Lunatic asylums Bombay report 1891-1903 - 1891-1903
Year: 1891
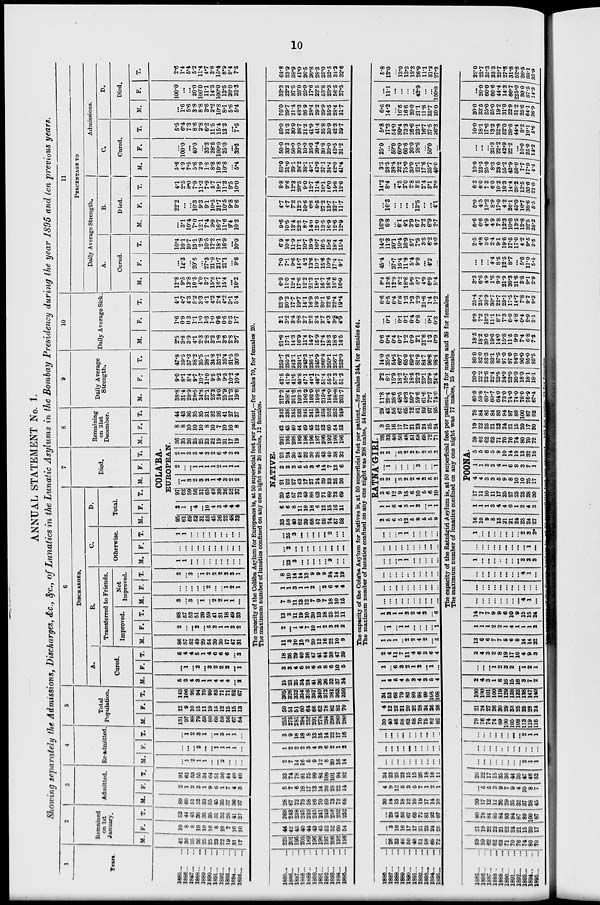
10
ANNUAL STATEMENT No. 1.
Showing separately the Admissions, Discharges, &c., &c., of Lunatics in the Lunatic Asylums in the Bombay Presidency during the year 1895 and ten previous years.
1
Years.
1886...
...
1886...
...
1887... ...
1888... ...
1889... ...
1890...
...
1891...
...
1892...
...
1893...
...
1894...
...
1895...
...
2
Remained
on 1st
January.
M.
42
36
35
26
25
25
23
22
19
31 17
F.
10
8
8
10
10
10
8
10
7
10
10
T.
52
44
43
36
35
35
31
32
26
41
27
3
Admitted.
M.
89
60
51
52
33
55
45
35
37
36
37
F.
9
1
2
3
1
9
6
1
7
4
3
T.
91
61
53
55
34
64
51
36
44
40
40
4
Re-admitted
M.
...
1
9
1
1
...
...
2
...
...
...
F.
...
...
...
2
...
...
1
1
1
1
...
T.
...
1
9
3
1
...
1
3
1
1
...
5
Total
Population.
M.
131
97
88
79
59
80
68
59
56
67
54
F.
12
9
10
15
11
19
15
12
15
15
13
T.
143
106
98
94
70
99
83
71
71
82
67
6
DISCHARGED.
A.
Cured.
M.
5
3
4
3
1
1
4
4
4
...
2
F.
...
1
... 2
... 3
2
2
2
...
1
T.
5
4
4
5
1
4
6
6
6
...
3
B.
Transferred to Friends.
Improved.
M.
86
57
52
49
29
54
39
30
17
47
31
F.
2
... ...
2
... 5
2
1
1
2
2
T.
88
57
52
51
29
59
41
31
18
49
33
Not
Improved.
M.
3
...
3
...
1
...
2
2
1
1
...
F.
... ...
...
...
...
2
...
...
1
2
1
T.
3
... 3
...
1
2
2
2
2
3
1
C.
Otherwise.
M.
1
1
...
...
...
...
...
...
...
...
...
F.
... ...
... ...
...
...
...
...
...
...
...
T.
1
1
...
...
...
...
...
...
...
...
...
D.
Total.
M. F. T.
7
Died.
M. F. T.
8
Remaining
on 31st
December.
M. F. T.
COLA'BA.
EUROPEAN.
95
61
59
52
31
55
45
36
22
48
33
2
1
...
4
...
10
4
3
4
4
4
97
62
59
56
31
65
49
39
26
52
37
...
1
3
2
3
2
1
4
3
2
2
2
...
...
1
1
1
1
2
1
1
1
2
1
3
3
4
3
2
6
4
3
3
36
35
26
25
25
23
22
19
31
17
19
8
8
10
10
10
8
10
7
10
10
8
44
43
36
35
35
31
32
26
41
27
27
9
Daily Average
Strength.
M.
38.8
31.4
28.9
28.5
24.8
27.1
25.3
24.0
25.9
21.3
19.6
F.
9.0
8.1
8.4
9.7
10.7
11.0
9.5
9.2
9.5
10.2
10.4
T.
47.8
39.5
37.3
38.2
35.5
38.1
34.8
33.2
35.4
31.5
30.0
10
Daily Average Sick.
M.
2.5
3.8
3.9
4.1
2.3
2.8
3.2
1.8
3.6
2.8
3.7
F.
1.6
0.9
0.3
1.1
1.0
1.3
1.0
0.6
0.6
0.3
1.7
T.
4.1
4.7
4.3
5.2
3.3
4.1
4.2
2.4
4.2
3.1
5.4
11
PERCENTAGE TO
Daily Average Strength.
A.
Cured.
M.
12.8
9.5
13.8
10.5
4.0
3.7
15.8
16.7
15.4
...
10.2
F.
...
12.3
...
20.6
...
27.3
21.0
21.7
21.1
...
9.6
T.
10.4
10.1
10.7
13.1
2.8
10.5
17.2
18.1
16.9
...
10.0
B.
Died.
M.
...
3.1
10.4
7.0
12.1
7.4
3.9
16.7
11.6
9.4
10.2
F.
22.2
...
...
10.3
9.3
9.1
10.5
21.7
10.5
9.8
9.6
T.
4.1
2.5
8.0
7.9
11.3
7.9
5.7
18.1
11.3
9.5
10.0
Admissions.
C.
Cured.
M.
5.6
4.9
7.5
5.6
2.9
1.8
8.8
10.8
10.8
...
5.4
F.
...
100.0
...
40.0
...
33.3
28.5
100.0
25.0
...
33.3
T.
5.5
6.4
7.3
8.6
2.8
6.2
11.5
15.4
13.3
...
7.5
D.
Died.
M.
...
1.6
5.6
3.8
8.8
3.6
2.2
10.8
8.1
5.6
5.4
F.
100.0
...
...
20.0
100.0
11.1
14.3
100.0
12.5
20.0
33.3
T.
2.6
1.4
5.4
5.2
11.4
4.7
3.8
15.4
8.9
9.4
7.5
The capacity of the Colába Asylum for Europeans is, at 50 superficial feet per patient,—for males 70, for females 20.
The maximum number of lunatics confined on any one night was 26 males, 12 females.
1885... ...
1886...
...
1887...
...
1888...
...
1889...
...
1890...
...
1891...
...
1892...
...
1893... ...
1894 ... ...
1895... ...
225
201
195
205
189
196
196
197
206
192
198
44
42
43
40
44
49
45
52
52
60
54
269
243
238
245
233
245
241
249
258
252
252
28
67
72
73
58
86
70
89
73
72
68
5
7
6
18
17
13
14
20
28
22
14
33
74
78
91
75
99
84
109
101
94
82
2
7
14
16
5
9
12
8
20
16
14
1
2
2
2
3
4
3
6
2
1
2
3
9
16
18
8
13
15
14
22
17
16
255
275
281
294
252
291
278
294
299
280
280
50
51
51
60
64
66
62
78
82
83
70
305
326
332
354
316
357
340
372
381
363
350
15
23
25
34
24
41
36
36
32
37
34
3
3
4
6
2
6
6
8
6
10
6
18
26
29
40
26
47
41
44
38
47
39
11
3
10
15
3
20
12
16
22
10
9
2
...
1
4
7
10
1
2
3
2
2
13
3
11
19
10
30
13
18
25
12
11
7
9
11
13
12
7
9
7
18
10
15
1
1
3
1
1
2
...
2
6
4
4
8
10
14
14
13
9
9
9
24
14
19
...
23
3
...
...
...
...
...
2
...
...
...
2
...
...
...
...
...
...
...
...
...
...
25
3
...
...
...
...
...
2
...
...
NATIVE.
33
58
49
62
39
68
57
59
74
57
58
6
6
8
11
10
18
6
12
15
16
11
39
64
57
73
49
86
63
71
89
73
69
21
22
27
43
17
27
24
29
33
25
26
2
2
3
5
5
3
4
14
7
13
6
23
24
30
48
22
30
28
43
40
38
32
201
195
205
189
196
196
197
206
192
198
196
42
43
40
44
49
45
52
52
60
54
63
243
238
245
233
245
241
249
258
252
252
249
217.2
208.4
201.6
193.3
196.2
192.0
199.2
215.4
194.9
198.8
201.7
42.5
41.9
41.5
40.8
47.1
44.1
46.7
51.4
55.2
57.3
51.3
259.7
250.3
243.1
234.1
243.3
236.1
245.9
266.8
250.1
256.1
253.0
21.8
17.1
14.3
16.9
11.4
14.7
15.9
17.4
18.3
18.6
14.5
2.1
3.2
3.4
2.8
2.7
2.2
3.4
2.7
4.3
3.8
4.9
23.9
20.3
17.7
19.7
14.1
16.9
19.3
20.1
22.6
22.4
19.4
6.9
11.0
12.4
17.6
12.2
21.3
18.1
16.7
16.4
18.6
16.9
7.0
7.1
9.6
14.7
4.2
13.6
10.7
15.6
10.9
17.4
9.7
6.9
10.4
11.9
17.1
10.7
19.9
16.7
16.5
15.2
18.4
15.4
9.6
10.5
13.4
22.2
8.7
14.0
12.0
13.5
16.9
12.6
12.9
4.7
4.7
7.2
12.3
10.6
6.8
8.5
27.2
12.7
22.7
11.7
8.8
9.6
12.3
20.5
9.0
12.7
11.4
16.1
16.0
14.8
12.6
50.0
31.0
29.1
38.2
38.1
43.1
43.9
37.1
34.4
42.0
41.4
50.0
33.3
50.0
30.0
10.0
35.3
29.4
30.8
20.0
43.5
31.2
50.0
31.3
30.9
36.7
31.3
41.9
41.4
35.8
30.9
42.3
39.7
70.0
29.7
31.4
48.3
26.9
28.4
29.2
29.9
35.5
28.4
31.7
33.3
22.2
37.5
25.0
25.0
17.6
23.5
53.8
23.3
56.5
37.5
64.8
23.9
38.9
41.0
26.5
26.8
28.3
35.0
32.5
34.2
32.6
The capacity of the Colába Asylum for Natives is, at 50 superficial feet per patient,—for males 344, for females 64.
The maximum number of lunatics confined on any one night was 208 males, 54 females.
1886...
...
1887...
...
1888...
...
1889...
...
1890... ...
1891... ...
1892... ...
1893... ...
1894...
...
1895... ...
... 26
33
40
50
48
51
58
65
72
... 3
10
16
17
17
21
23
24
25
... 29
43
56
67
65
72
81
92
97
30
14
13
18
12
10
19
17
14
10
4
9
12
5
3
5
7
1
2
1
34
23
25
23
15
15
26
18
16
11
...
...
...
...
...
...
...
...
...
...
...
...
...
...
...
...
...
...
...
...
...
...
...
...
...
...
...
...
...
...
30
40
46
58
62
58
70
75
82
82
4
12
22
21
20
22
28
24
26
26
34
52
68
79
82
80
98
99
108
108
1
4
5
4
9
3
4
3
5
4
1
...
6
3
2
1
2
...
1
...
2
4
11
7
11
4
6
3
6
4
1
1
1
...
2
2
4
2
...
5
... 1
...
1
1
...
...
...
...
1
1
2
1
1
3
2
4
2
...
6
...
...
...
...
...
...
...
...
...
...
...
...
...
...
...
...
...
...
...
...
...
...
...
...
..
...
...
...
...
...
...
...
...
1
1
...
...
...
...
...
...
...
...
...
...
...
...
...
...
...
...
...
...
1
1
...
...
...
...
...
2
5
6
5
12
5
8
5
5
9
RATNA'GIRI.
1
1
6
4
3
1
2
...
1
1
3
6
12
9
15
6
10
5
6
10
2
2
...
3
2
2
4
2
5
2
...
1
...
...
...
...
3
...
...
1
2
3
...
3
2
2
7
2
5
3
26
33
40
50
48
51
58
68
72
71
3
10
16
17
17
21
23
24
25
24
29
43
56
67
65
72
81
92
97
95
11.8
29.4
38.6
48.5
48.3
50.7
59.6
61.6
72.7
74.0
2.2
6.1
15.9
18.2
16.7
18.5
22.3
23.1
23.9
24.4
14.0
35.5
54.5
66.7
65.0
69.2
81.9
84.7
96.6
98.4
0.6
0.4
0.4
0.7
1.2
0.9
2.1
21.6
1.3
0.9
...
0.1
...
0.1
0.1
0.4
0.8
...
0.1
0.3
0.6
0.5
0.4
0.8
1.3
1.3
2.9
21.6
1.4
1.2
8.4
13.6
12.9
8.2
18.6
5.9
6.7
4.9
6.9
5.4
45.4
...
37.7
16.4
11.9
5.4
9.0
...
4.2
...
14.2
11.2
20.1
10.4
16.9
5.7
7.3
3.5
6.2
4.0
16.9
6.8
...
6.1
4.1
3.9
6.7
3.2
6.9
2.7
...
16.3
...
...
...
...
13.5
...
...
4.1
14.2
8.4
...
4.5
3.0
2.8
8.5
2.4
5.1
3.0
3.3
28.5
38.4
22.2
75.0
30.0
21.1
17.6
35.7
40.0
25.0
...
50.0
60.0
66.6
20.0
28.6
...
50.0
...
5.8
17.3
54.0
30.4
73.3
26.6
23.1
16.7
37.5
36.3
6.6
14.2
...
16.6
16.6
20.0
21.1
11.8
35.7
20.0
...
11.1
...
...
...
...
42.9
...
...
100.0
5.8
13.0
...
13.0
13.3
13.3
26.9
11.1
31.2
27.2
The capacity of the Ratnágiri Asylum is, at 50 superficial feet per patient,—73 for males and 39 for females.
The maximum number of lunatics confined on any one night was 77 males, 25 females.
1885...
...
1886...
...
1887...
...
1888... ...
1889... ...
1890...
...
1891... ...
1892...
...
1893... ...
1894... ...
1895...
...
59
59
62
62
63
71
70
76
74
80
70
21
19
22
23
21
22
24
21
15
20
17
80
78
84
85
84
93
94
97
89
100
87
20
17
12
12
26
29
35
32
37
38
45
... 5
5
3
9
7
9
4
10
8
7
20
22
17
15
35
36
44
36
47
46
52
... ...
...
...
...
...
...
... 2
1
1
...
... ...
...
...
...
... ...
...
... ...
... ...
...
...
...
... ...
...
2
1
1
79
76
74
74
89
100
105
108
113
119
116
21
24
27
26
30
29
33
25
25
28
24
100
100
101
100
119
129
138
133
138
147
140
2
4
3
1
6
16
15
16
3
7
2
...
...
...
1
2
3
2
... 1
2
1
2
4
3
2
8
19
17
16
4
9
3
13
6
6
7
7
5
6
8
14
14
22
1
1
1
2
2
1
4
1
1
1
2
14
7
7
9
9
6
10
9
15
15
24
...
...
...
...
...
...
...
...
4
1
...
...
...
...
...
...
...
...
...
...
...
...
...
...
...
...
...
...
...
...
4
1
...
1
...
...
...
...
...
...
...
2
2
3
...
...
...
...
...
...
...
...
...
1
...
1
...
...
...
...
... ...
...
2
3
3*
POONA.
16
10
9
8
13
21
21
24
23
24
27
1
1
1
3
4
4
6
1
2
4
3
17
11
10
11
17
25
27
25
25
28
30
4
4
3
3
5
9
8
10
10
25
17
1
1
3
2
4
1
6
9
3
7
1
5
5
6
5
9
10
14
19
13
32
18
59
62
62
63
71
70
76
74
80
70
72
19
22
23
21
22
24
21
15
20
17
20
78
84
85
84
93
94
97
89
100
87
92
60.0
59.8
60.7
60.7
64.0
73.0
74.0
74.0
78.0
76.9
67.4
20.0
22.2
22.6
22.4
23.5
24.0
23.0
20.0
18.0
18.1
18.1
80.0
82.0
83.3
83.1
87.5
97.0
97.0
94.0
96.0
95.0
85.5
18.5
18.2
20.6
19.6
14.0
15.8
11.5
9.9
7.4
6.8
7.2
6.9
7.2
10.3
11.1
8.7
7.3
6.0
4.8
0.4
2.9
2.1
25.4
25.4
30.9
30.7
22.7
23.1
17.5
14.7
7.8
9.7
9.3
3.3
6.6
4.9
1.6
9.3
21.9
20.3
21.6
3.8
9.1
2. 9
...
...
...
4.4
8.5
12.5
8.7
...
5.6
11.0
5.5
2.5
4.8
3.6
2.4
9.1
19.6
17.5
17.0
4.2
9.5
3.5
6.6
6.6
4.9
4.9
7.8
12.3
10.8
13.5
12.8
32.5
25.2
5.0
4.5
13.2
8.9
17.0
4.2
26.1
45.0
16.7
38.6
5.5
6.2
6.0
7.2
60
10.2
10.3
14.4
20.2
13.5
33.6
21.0
10.0
23.5
25.0
8.3
23.0
55.2
42.9
50.0
7.7
17.9
4.4
...
...
...
33.3
22.2
42.9
22.2
...
10.0
25.0
14.2
10.0
18.1
17.6
13.3
22.8
52.0
38.6
44.4
8.2
19.1
5.6
20.0
23.5
25.0
25.0
19.2
31.0
22.9
31.2
25.6
64.1
36.9
...
20.0
60.0
66.6
44.4
14.3
66.7
225.0
30.0
87.5
14.3
25.0
22.7
35.3
33.3
25.7
27.8
31.8
52.8
26.5
68.1
33.9